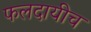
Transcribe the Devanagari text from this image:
फलदायीच